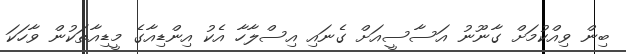
ބިން ވިއްކުމަށް ގާނޫނު އަސާސީއަށް ގެނައި އިސްލާހާ އެކު އިންޑިއާގެ މީޑިއާތަކުން ވާހަކަ